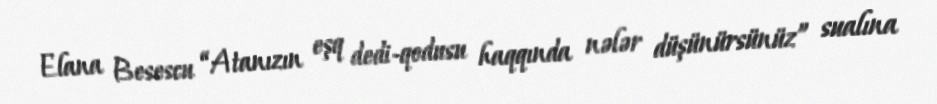
Elana Besescu “Atanızın eşq dedi-qodusu haqqında nələr düşünürsünüz” sualına